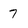
Character: 7